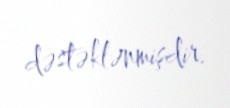
dəstəklənmişdir.